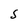
Character: s